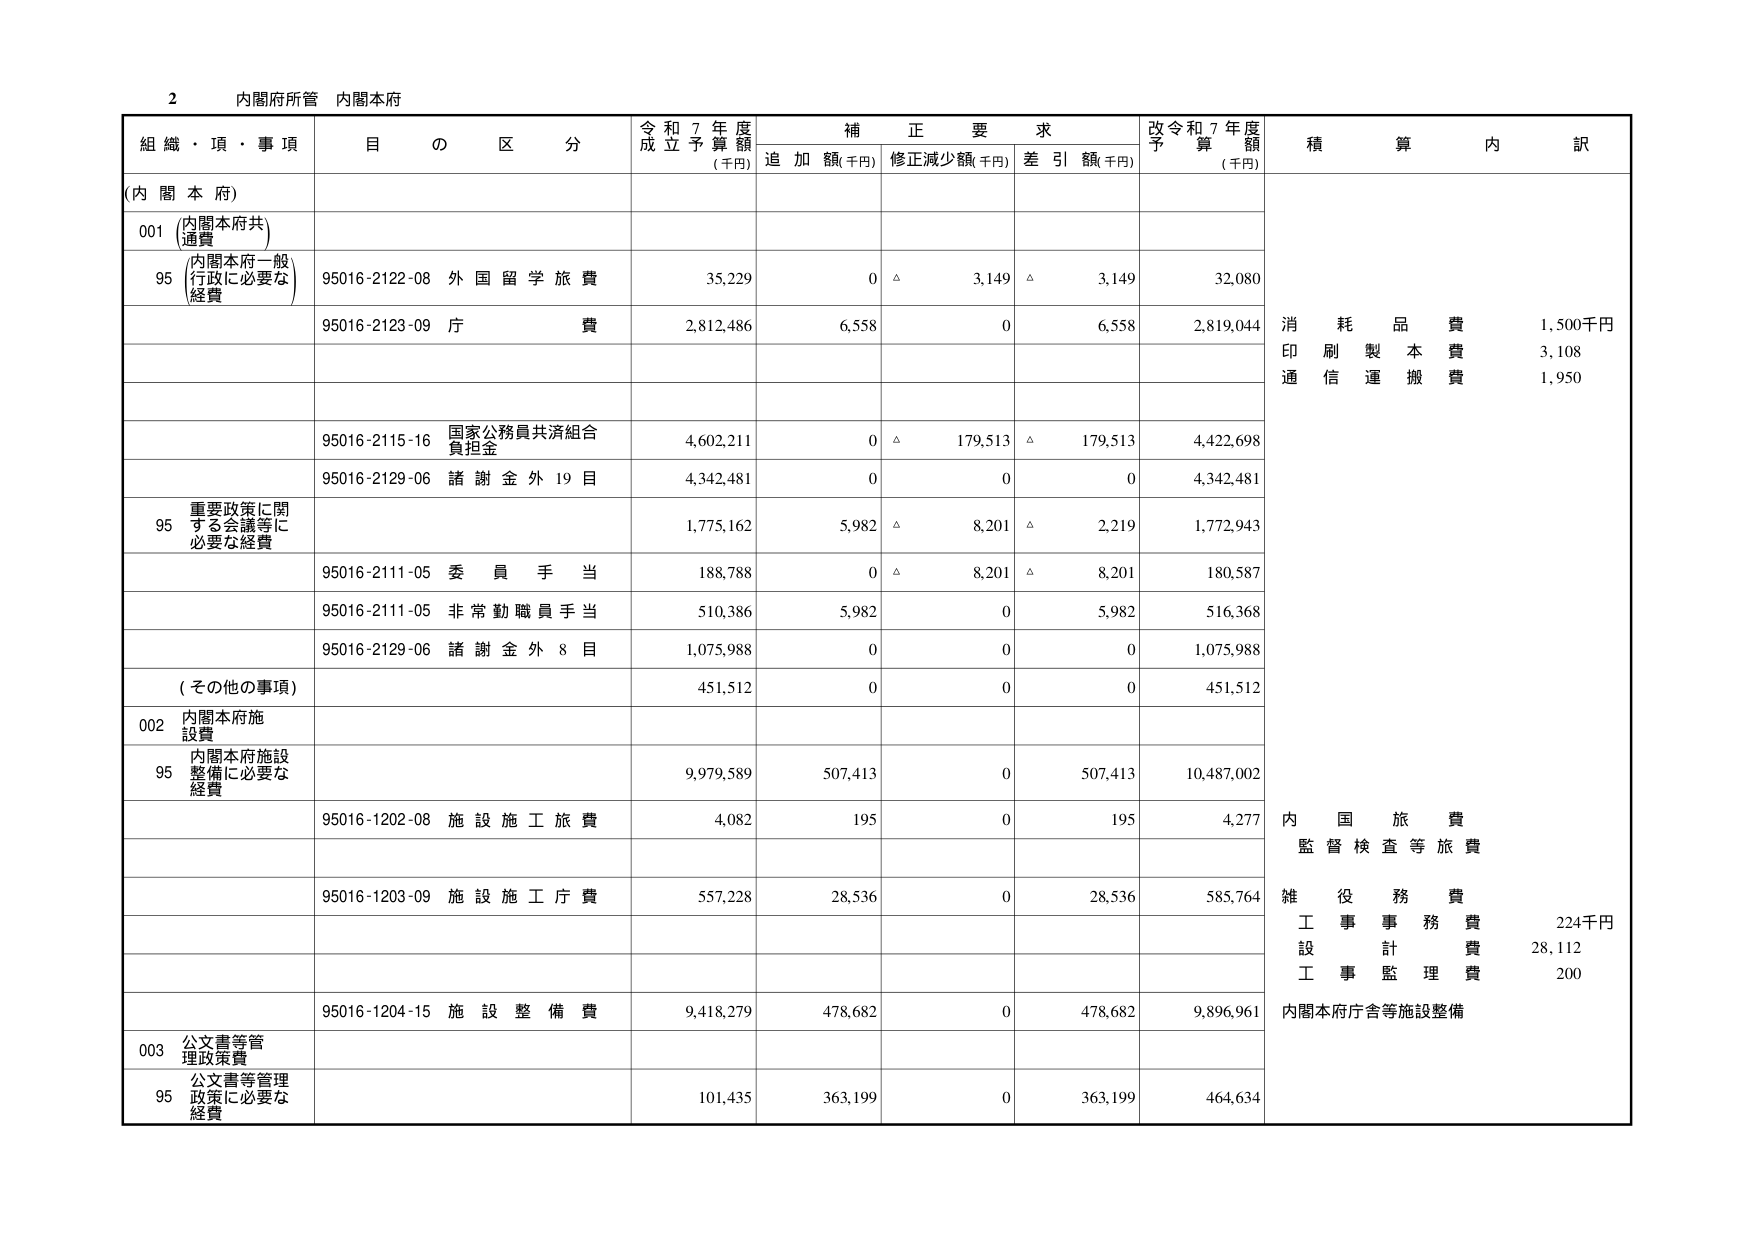
2 内閣府所管 内閣本府

組織・頂・事項 目の区分 令和7年度成立予算額(千円) 補正要求 追加額(千円) 修正減少額(千円) 差引額(千円) 改令和7年度予算額(千円) 積算内訳

(内閣本府)

001 (内閣本府共通費)

95 (内閣本府一般行政に必要な経費) 95016-2122-08 外国留学旅費 35,229 0 △ 3,149 △ 3,149 32,080

95016-2123-09 庁費 2,812,486 6,558 0 6,558 2,819,044

消耗品費 1,500千円
印刷製本費 3,108
通信運搬費 1,950

95016-2115-16 国家公務員共済組合負担金 4,602,211 0 △ 179,513 △ 179,513 4,422,698

95016-2129-06 諸謝金外19目 4,342,481 0 0 0 4,342,481

95 重要政策に関する会議等に必要な経費 1,775,162 5,982 △ 8,201 △ 2,219 1,772,943

95016-2111-05 委員手当 188,788 0 △ 8,201 △ 8,201 180,587

95016-2111-05 非常勤職員手当 510,386 5,982 0 5,982 516,368

95016-2129-06 諸謝金外8目 1,075,988 0 0 0 1,075,988

(その他の事項) 451,512 0 0 0 451,512

002 内閣本府施設費

95 内閣本府施設整備に必要な経費 9,979,589 507,413 0 507,413 10,487,002

95016-1202-08 施設施工旅費 4,082 195 0 195 4,277

内国旅費
監督検査等旅費

95016-1203-09 施設施工庁費 557,228 28,536 0 28,536 585,764

雑役務費
工事事務費 224千円
設計費 28,112
工事監理費 200

95016-1204-15 施設整備費 9,418,279 478,682 0 478,682 9,896,961

内閣本府庁舎等施設整備

003 公文書等管理政策費

95 公文書等管理政策に必要な経費 101,435 363,199 0 363,199 464,634